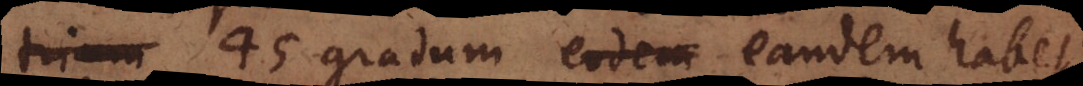
i 45 gradu[u]m eandem habet